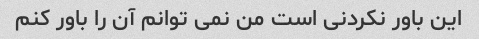
این باور نکردنی است من نمی توانم آن را باور کنم